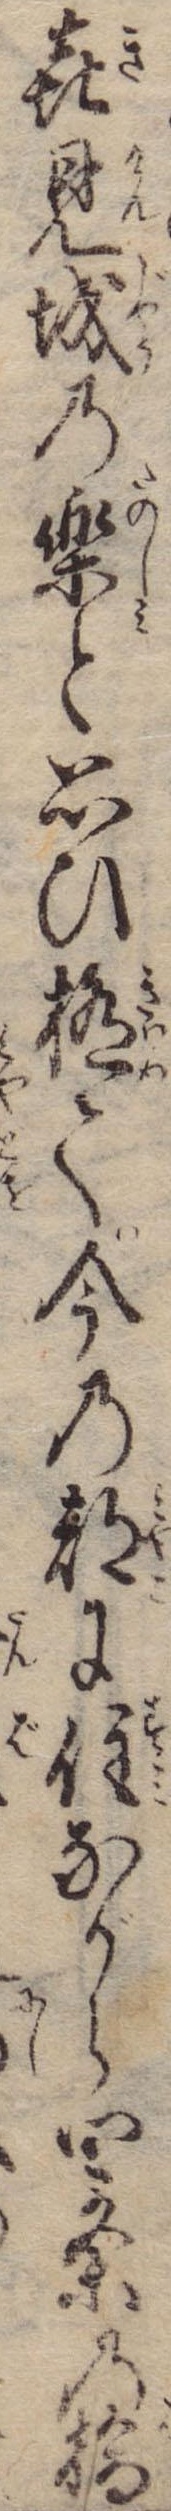
喜見城の楽と思ひ極て今の都に住ながら四条の橋